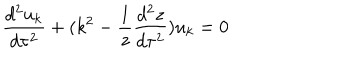
\frac { d ^ { 2 } u _ { k } } { d \tau ^ { 2 } } + ( k ^ { 2 } - \frac { 1 } { z } \frac { d ^ { 2 } z } { d \tau ^ { 2 } } ) u _ { k } = 0